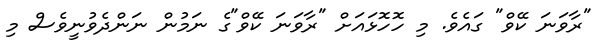
"ރާވަނަ ކޭވް" ގައެވެ. މި ހޮހޮޅައަށް "ރާވަނަ ކޭވް"ގެ ނަމުން ނަންދެވުނީވެސް މި